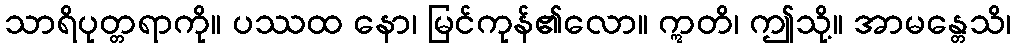
သာရိပုတ္တရာကို။ ပဿထ နော၊ မြင်ကုန်၏လော။ ဣတိ၊ ဤသို့။ အာမန္တေသိ၊